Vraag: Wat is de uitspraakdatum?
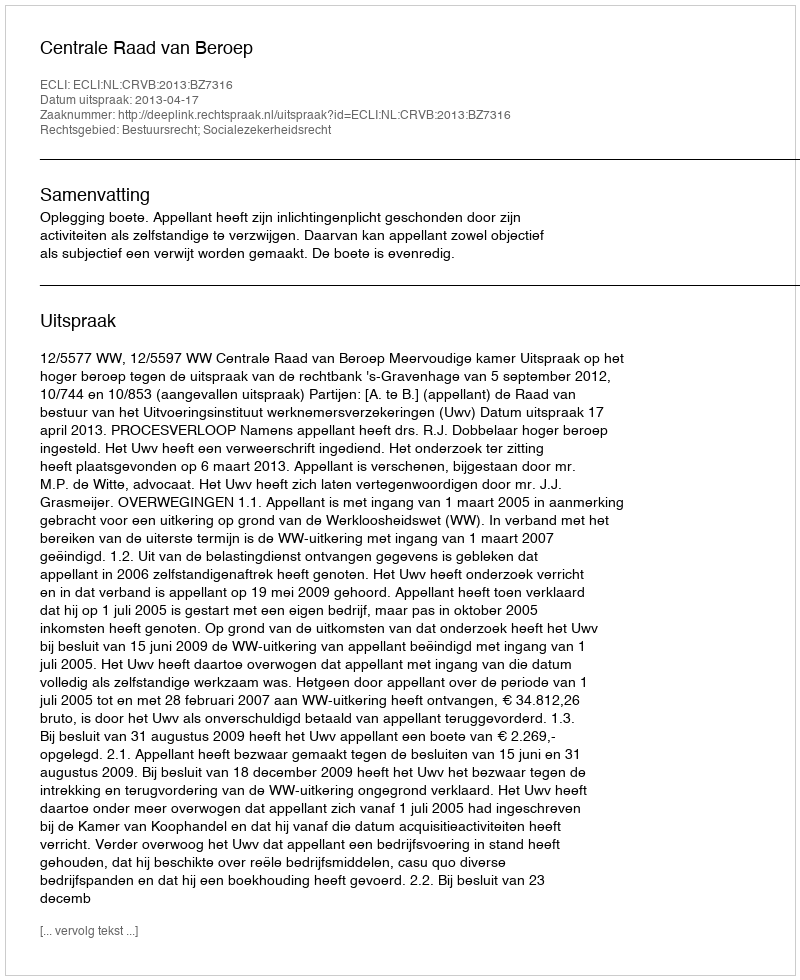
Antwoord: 2013-04-17